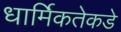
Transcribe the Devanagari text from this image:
धार्मिकतेकडे